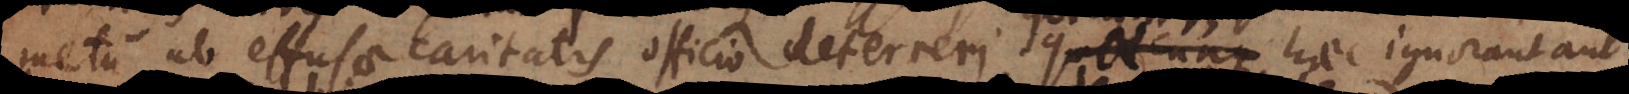
metu ab effusae caritatis officio deterreri: quicunque haec spernu